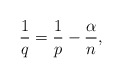
\begin{align*} \frac1q=\frac1p-\frac\alpha n, \end{align*}